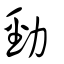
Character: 勁